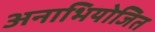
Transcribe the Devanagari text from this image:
अनाभियोजित